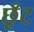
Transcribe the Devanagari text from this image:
छूँट